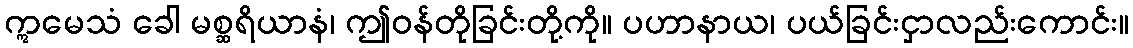
ဣမေသံ ခေါ မစ္ဆရိယာနံ၊ ဤဝန်တိုခြင်းတို့ကို။ ပဟာနာယ၊ ပယ်ခြင်းငှာလည်းကောင်း။